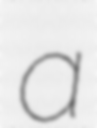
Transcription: a